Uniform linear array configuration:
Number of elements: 24
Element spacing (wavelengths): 0.5
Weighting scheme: binomial
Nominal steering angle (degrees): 60
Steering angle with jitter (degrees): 61.199
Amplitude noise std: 0.05
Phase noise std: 0.05

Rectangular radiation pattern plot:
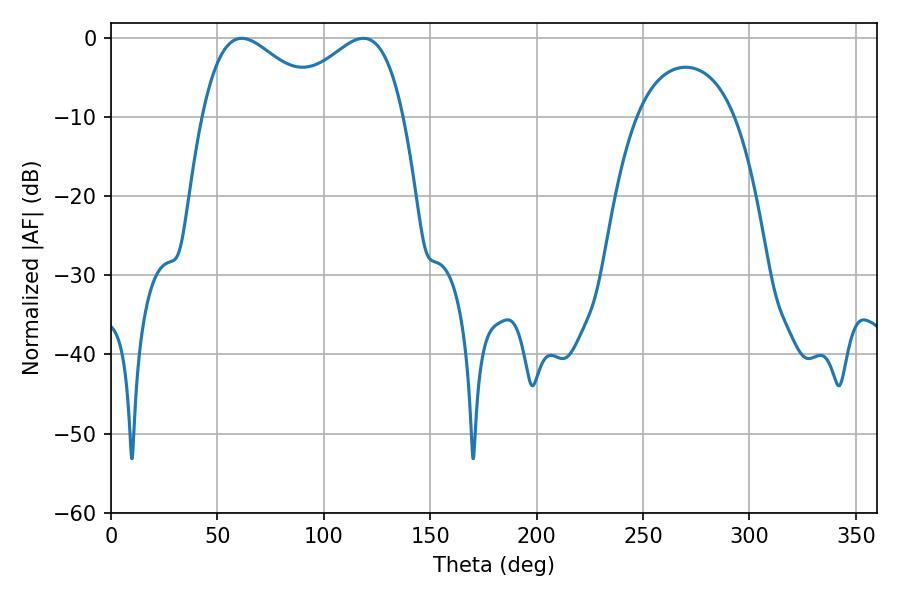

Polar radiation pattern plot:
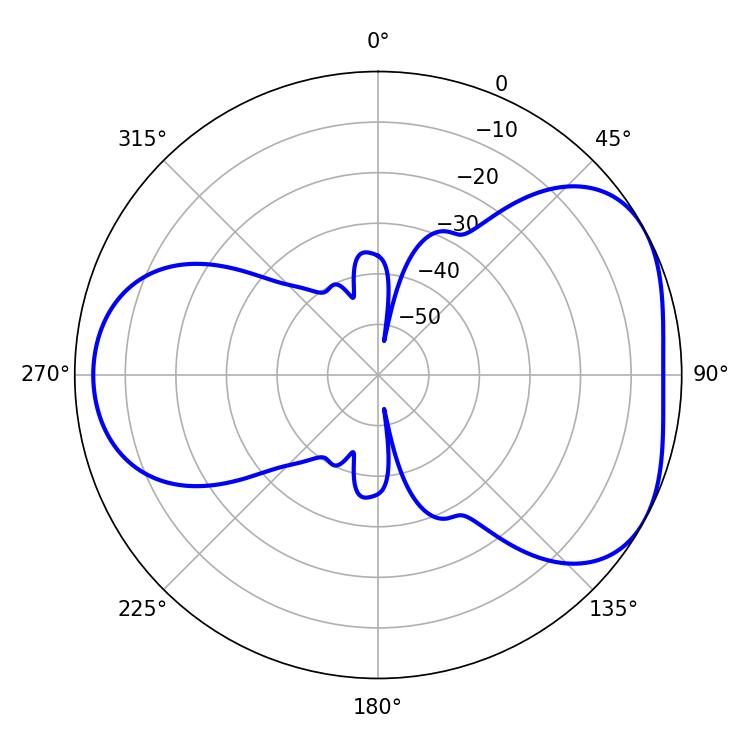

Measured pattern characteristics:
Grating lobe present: FALSE
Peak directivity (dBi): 4.505
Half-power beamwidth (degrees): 31.14
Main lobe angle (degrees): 61.38